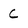
Character: C